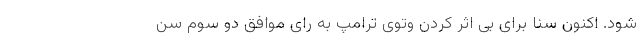
شود. اکنون سنا برای بی اثر کردن وتوی ترامپ به رای موافق دو سوم سن